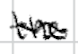
Text: the
Cross-out: wave
Writing tool: digital_black